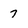
Character: 7